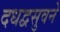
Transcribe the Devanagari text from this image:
दधद्वसुवने